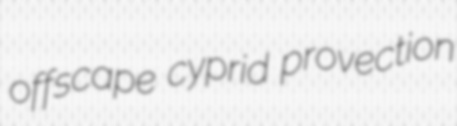
offscape cyprid provection